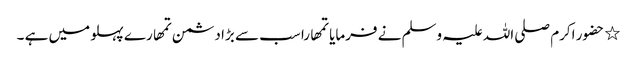
٭ حضور اکرم صلی اللہ علیہ وسلم نے فرمایا تمھارا سب سے بڑا دشمن تمھارے پہلو میں ہے ۔